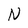
Character: N